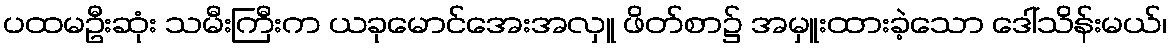
ပထမဦးဆုံး သမီးကြီးက ယခုမောင်အေးအလှူ ဖိတ်စာ၌ အမှူးထားခဲ့သော ဒေါ်သိန်းမယ်၊